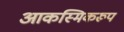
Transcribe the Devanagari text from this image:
आकस्मिकरूप